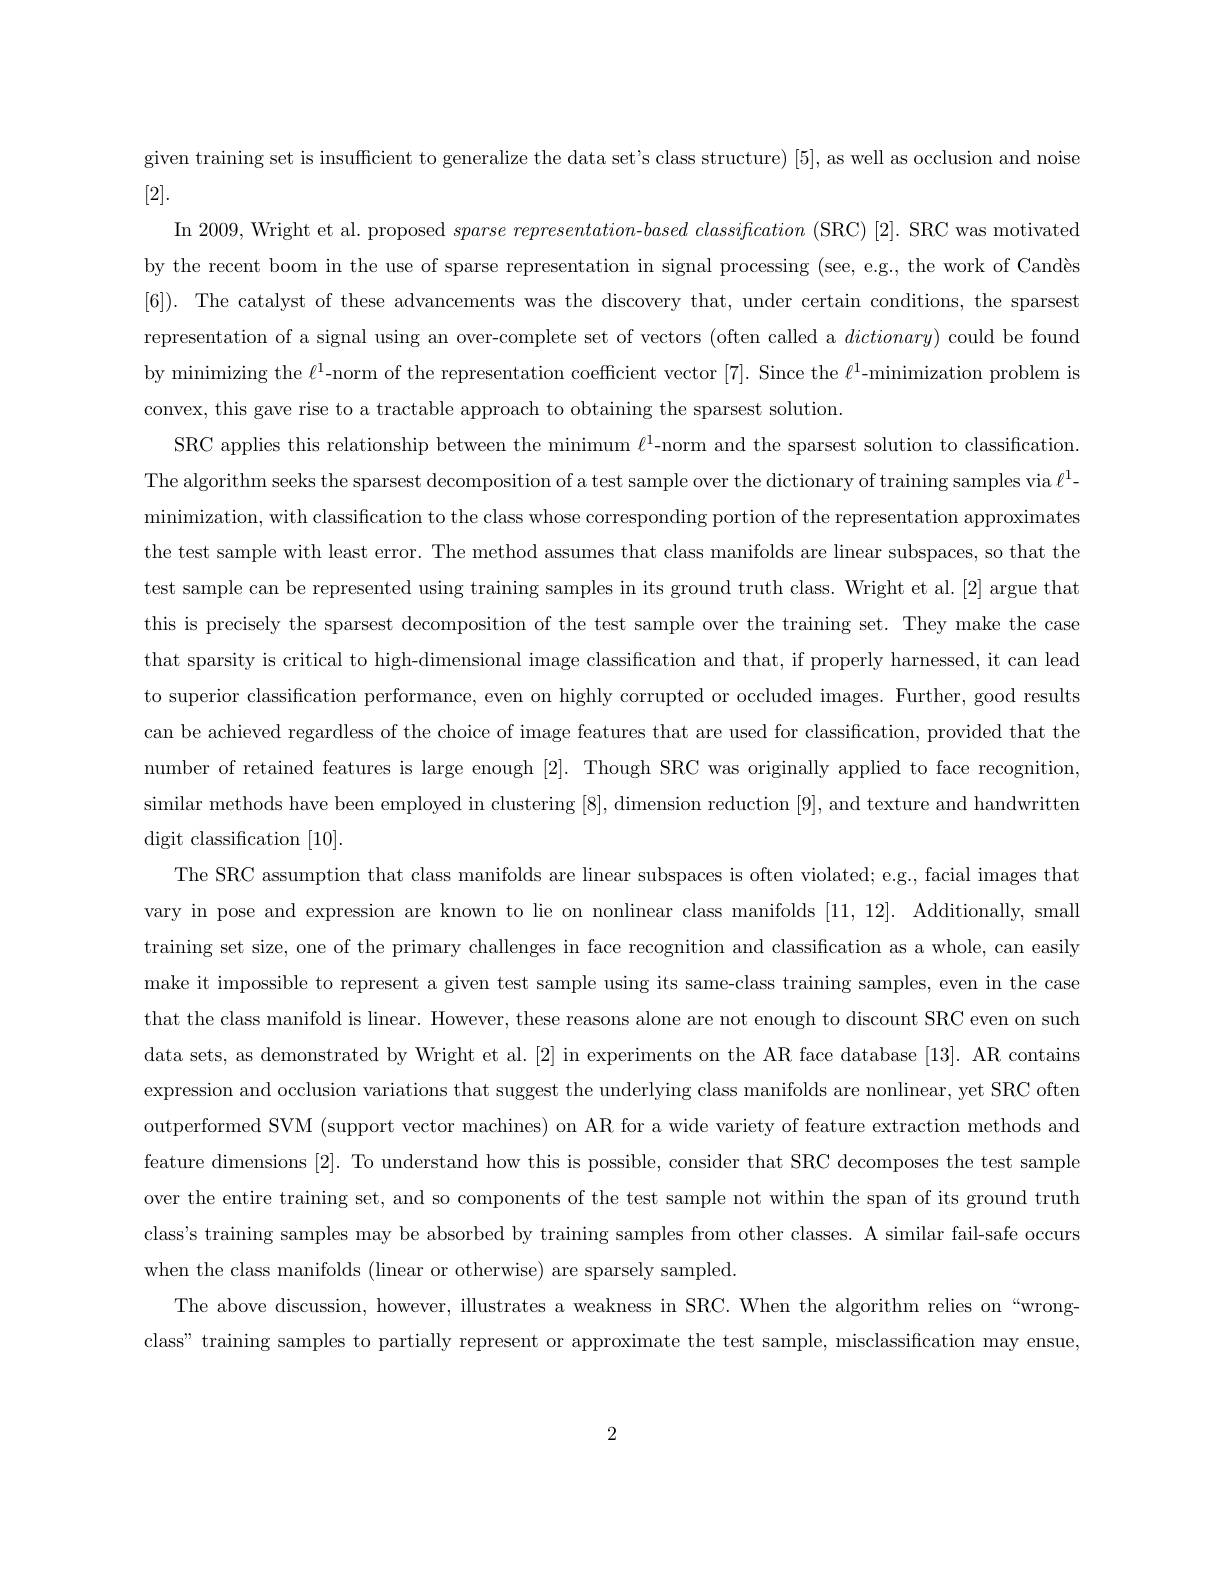
given training set is insufficient to generalize the data set's class structure) [5], as well as occlusion and noise
[2].
$\operatorname{In}2009$, Wright et al. proposed $sparse\textit{ representation- based classification ( SRC) [ 2] . SRC was motivated}$ by the recent boom in the use of sparse representation in signal processing (see, e.g., the work of Candès [6]). The catalyst of these advancements was the discovery that, under certain conditions, the sparsest representation of a signal using an over-complete set of vectors (often called a $dictionary)$ could be found by minimizing the $\ell^1$-norm of the representation coefficient vector [7]. Since the $\ell^1$-minimization problem is convex, this gave rise to a tractable approach to obtaining the sparsest solution
SRC applies this relationship between the minimum $\ell^{1}$-norm and the sparsest solution to classification The algorithm seeks the sparsest decomposition of a test sample over the dictionary of training samples via $\ell^1-$ minimization, with classification to the class whose corresponding portion of the representation approximates the test sample with least error. The method assumes that class manifolds are linear subspaces, so that the test sample can be represented using training samples in its ground truth class. Wright et al. [2] argue that this is precisely the sparsest decomposition of the test sample over the training set. They make the case that sparsity is critical to high-dimensional image classification and that, if properly harnessed, it can lead to superior classification performance, even on highly corrupted or occluded images. Further, good results can be achieved regardless of the choice of image features that are used for classification, provided that the number of retained features is large enough [2]. Though SRC was originally applied to face recognition similar methods have been employed in clustering [8], dimension reduction [9], and texture and handwritten digit classification [10].
The SRC assumption that class manifolds are linear subspaces is often violated; e.g., facial images thationted; e.g., facial images thationtion tis pres often stions stions tions tions tions tions tions tions tions tions tions tions tions tion tions tion vary in pose and expression are known to lie on nonlinear class manifolds [11,12]. Additionally, small training set size, one of the primary challenges in face recognition and classification as a whole, can easily make it impossible to represent a given test sample using its same-class training samples, even in the case that the class manifold is linear. However, these reasons alone are not enough to discount SRC even on such data sets, as demonstrated by Wright et al.[2] in experiments on the AR face database [13]. AR contains expression and occlusion variations that suggest the underlying class manifolds are nonlinear, yet SRC often outperformed SVM (support vector machines) on AR for a wide variety of feature extraction methods and feature dimensions [2]. To understand how this is possible, consider that SRC decomposes the test sample over the entire training set, and so components of the test sample not within the span of its ground truth class's training samples may be absorbed by training samples from other classes. A similar fail-safe occurs when the class manifolds (linear or otherwise) are sparsely sampled
The above discussion, however, illustrates a weakness in SRC. When the algorithm relies on “wrongclass" training samples to partially represent or approximate the test sample, misclassification may ensue,

2